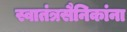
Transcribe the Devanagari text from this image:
स्वातंत्रसैनिकांना